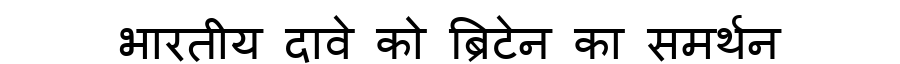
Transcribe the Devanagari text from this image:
भारतीय दावे को ब्रिटेन का समर्थन